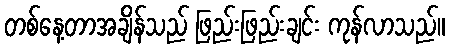
တစ်နေ့တာအချိန်သည် ဖြည်းဖြည်းချင်း ကုန်လာသည်။